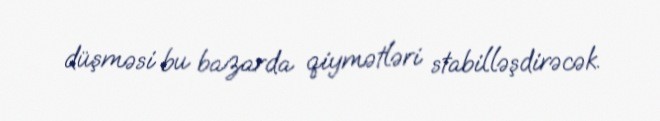
düşməsi bu bazarda qiymətləri stabilləşdirəcək.